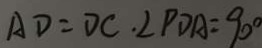
A D = D C \cdot \angle P D A = 9 0 ^ { \circ }